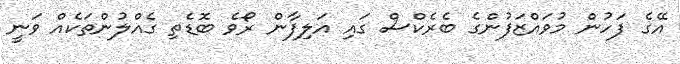
އޭގެ ފަހުން މުވައްޒަފުންގެ ބެރެކްސް ގައި އަލިފާން ރޯވެ ބޮޑެތި ގެއްލުންތަކެއް ވަނީ